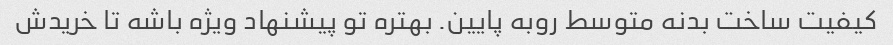
کیفیت ساخت بدنه متوسط روبه پایین. بهتره تو پیشنهاد ویژه باشه تا خریدش